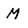
Character: M